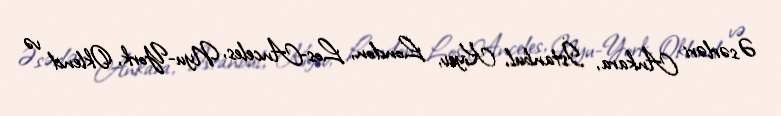
Əsərləri Ankara, İstanbul, Kiyev, London, Los-Anceles, Nyu-York, Oklend və